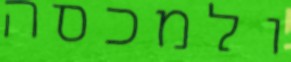
ולמכסה